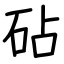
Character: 砧